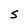
Character: S